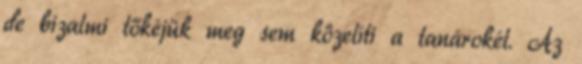
de bizalmi tőkéjük meg sem közelíti a tanárokét. Az